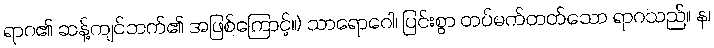
ရာဂ၏ ဆန့်ကျင်ဘက်၏ အဖြစ်ကြောင့်။) သာရောဂေါ၊ ပြင်းစွာ တပ်မက်တတ်သော ရာဂသည်။ န၊